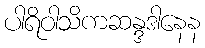
ပါရိဝါသိကဆန္ဒဒါနေန